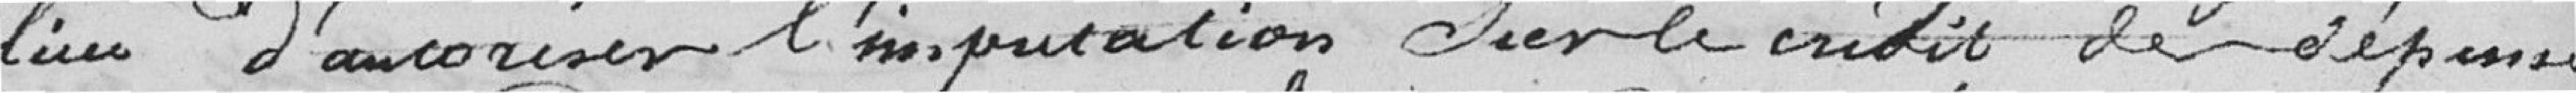
lieu d'autoriser l'imputation sur le crédit de dépense